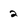
Character: 2